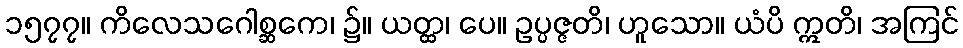
၁၅၇၇။ ကိလေသဂေါစ္ဆကေ၊ ၌။ ယတ္ထ၊ ပေ။ ဥပ္ပဇ္ဇတိ၊ ဟူသော။ ယံပိ ဣတိ၊ အကြင်